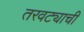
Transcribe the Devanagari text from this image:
तरवट्याची